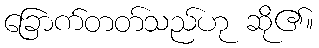
ခြောက်တတ်သည်ဟု ဆို၏။